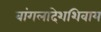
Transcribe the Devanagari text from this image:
बांगलादेशशिवाय